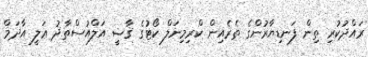
ރައްދުކުރި ތިން ފަނޑިޔާރުންގެ ތެރެއިން ކްރިމިނަލް ކޯޓުގެ ޤާޟީ އަލްއުސްތާޛު ޢަލީ އާދަމް